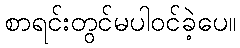
စာရင်းတွင်မပါဝင်ခဲ့ပေ။